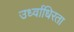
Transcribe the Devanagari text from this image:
उर्ध्वाधिरता